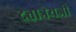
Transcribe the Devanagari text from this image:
दत्तात्रेयजी